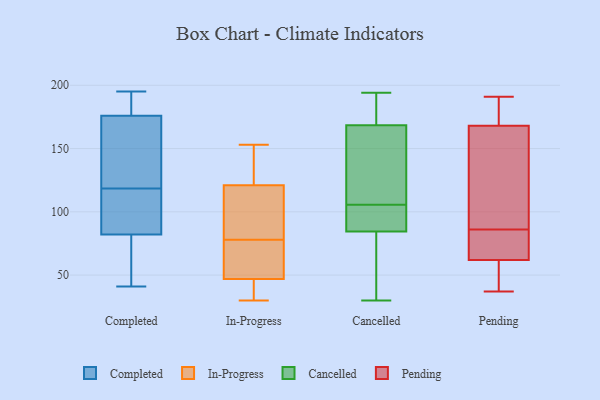
{"axis": {"x": "Latency (ms)", "y": "Value"}, "legend": ["Cancelled", "Completed", "In-Progress", "Pending"], "data": [{"x": "", "y": 176, "type": "Completed"}, {"x": "", "y": 100, "type": "Completed"}, {"x": "", "y": 66, "type": "Completed"}, {"x": "", "y": 192, "type": "Completed"}, {"x": "", "y": 159, "type": "Completed"}, {"x": "", "y": 137, "type": "Completed"}, {"x": "", "y": 82, "type": "Completed"}, {"x": "", "y": 41, "type": "Completed"}, {"x": "", "y": 195, "type": "Completed"}, {"x": "", "y": 83, "type": "Completed"}, {"x": "", "y": 40, "type": "In-Progress"}, {"x": "", "y": 47, "type": "In-Progress"}, {"x": "", "y": 140, "type": "In-Progress"}, {"x": "", "y": 126, "type": "In-Progress"}, {"x": "", "y": 107, "type": "In-Progress"}, {"x": "", "y": 53, "type": "In-Progress"}, {"x": "", "y": 121, "type": "In-Progress"}, {"x": "", "y": 132, "type": "In-Progress"}, {"x": "", "y": 153, "type": "In-Progress"}, {"x": "", "y": 47, "type": "In-Progress"}, {"x": "", "y": 79, "type": "In-Progress"}, {"x": "", "y": 70, "type": "In-Progress"}, {"x": "", "y": 30, "type": "In-Progress"}, {"x": "", "y": 77, "type": "In-Progress"}, {"x": "", "y": 36, "type": "In-Progress"}, {"x": "", "y": 97, "type": "In-Progress"}, {"x": "", "y": 71, "type": "In-Progress"}, {"x": "", "y": 100, "type": "In-Progress"}, {"x": "", "y": 107, "type": "Cancelled"}, {"x": "", "y": 71, "type": "Cancelled"}, {"x": "", "y": 92, "type": "Cancelled"}, {"x": "", "y": 192, "type": "Cancelled"}, {"x": "", "y": 166, "type": "Cancelled"}, {"x": "", "y": 171, "type": "Cancelled"}, {"x": "", "y": 77, "type": "Cancelled"}, {"x": "", "y": 100, "type": "Cancelled"}, {"x": "", "y": 184, "type": "Cancelled"}, {"x": "", "y": 30, "type": "Cancelled"}, {"x": "", "y": 30, "type": "Cancelled"}, {"x": "", "y": 126, "type": "Cancelled"}, {"x": "", "y": 119, "type": "Cancelled"}, {"x": "", "y": 194, "type": "Cancelled"}, {"x": "", "y": 104, "type": "Cancelled"}, {"x": "", "y": 99, "type": "Cancelled"}, {"x": "", "y": 130, "type": "Pending"}, {"x": "", "y": 62, "type": "Pending"}, {"x": "", "y": 159, "type": "Pending"}, {"x": "", "y": 102, "type": "Pending"}, {"x": "", "y": 80, "type": "Pending"}, {"x": "", "y": 37, "type": "Pending"}, {"x": "", "y": 62, "type": "Pending"}, {"x": "", "y": 88, "type": "Pending"}, {"x": "", "y": 58, "type": "Pending"}, {"x": "", "y": 181, "type": "Pending"}, {"x": "", "y": 168, "type": "Pending"}, {"x": "", "y": 81, "type": "Pending"}, {"x": "", "y": 184, "type": "Pending"}, {"x": "", "y": 56, "type": "Pending"}, {"x": "", "y": 178, "type": "Pending"}, {"x": "", "y": 59, "type": "Pending"}, {"x": "", "y": 191, "type": "Pending"}, {"x": "", "y": 84, "type": "Pending"}]}